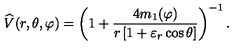
{ \widehat { V } } ( r , \theta , \varphi ) = \left( 1 + { \frac { 4 m _ { 1 } ( \varphi ) } { r \left[ 1 + \varepsilon _ { r } \cos \theta \right] } } \right) ^ { - 1 } .